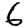
Digit: 6